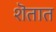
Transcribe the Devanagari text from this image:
शॆतात